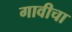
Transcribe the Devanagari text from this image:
गावीचा